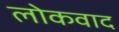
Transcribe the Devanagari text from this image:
लोकवाद